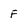
Character: F